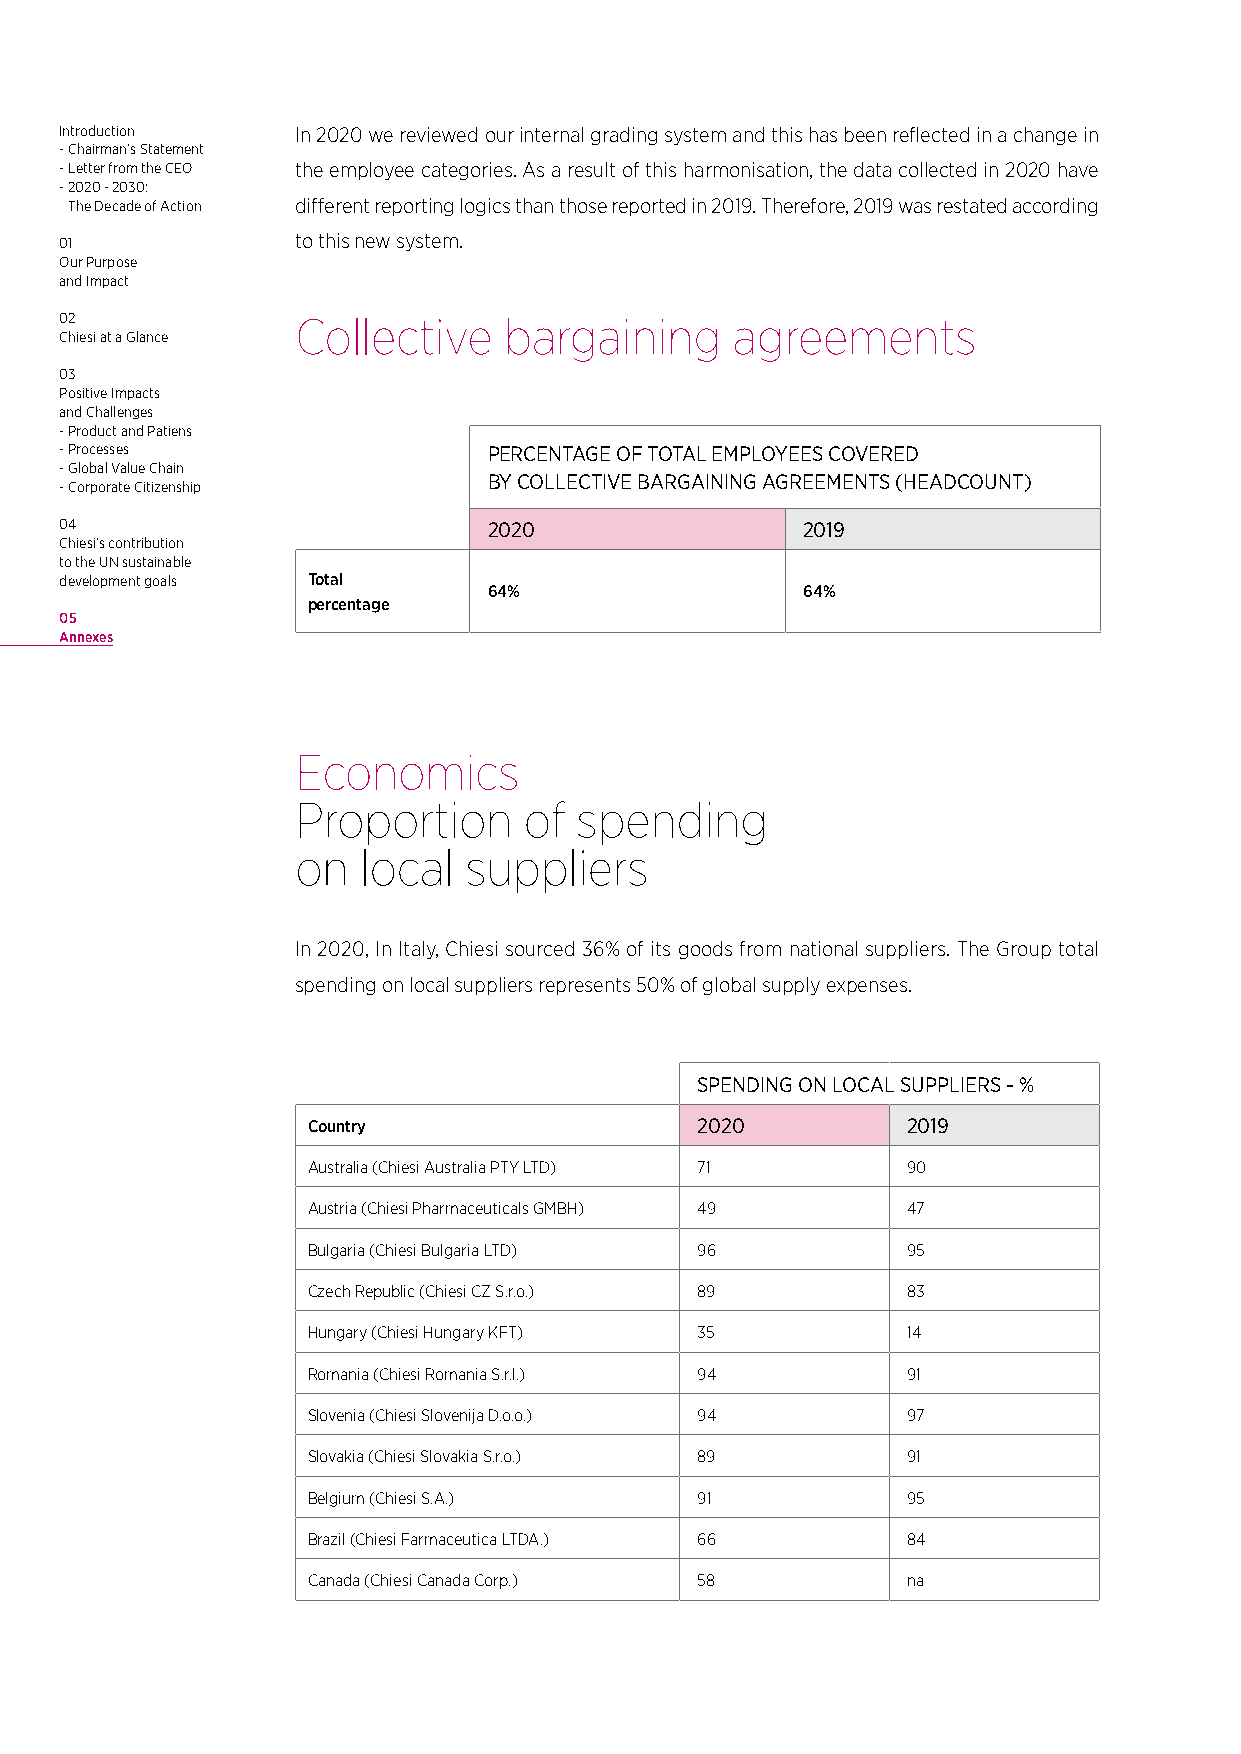
Introduction    In 2020 we reviewed our internal grading system and this has been reflected in a change in
 - Chairman’s Statement
 - Letter from the CEO the employee categories. As a result of this harmonisation, the data collected in 2020 have
 - 2020 - 2030:
 The Decade of Action different reporting logics than those reported in 2019. Therefore, 2019 was restated according
 01              to this new system.
 Our Purpose
 and Impact
 02              Collective   bargaining     agreements
 Chiesi at a Glance
 03
 Positive Impacts
 and Challenges
 - Product and Patiens
 - Processes                 PERCENTAGE OF TOTAL EMPLOYEES COVERED
 - Global Value Chain
 BY COLLECTIVE BARGAINING AGREEMENTS (HEADCOUNT)
 - Corporate Citizenship
 04                          2020                 2019
 Chiesi’s contribution
 to the UN sustainable
 development goals Total
 64%                  64%
 percentage
 05
 Annexes
 Economics
 Proportion     of spending
 on  local  suppliers
 In 2020, In Italy, Chiesi sourced 36% of its goods from national suppliers. The Group total
 spending on local suppliers represents 50% of global supply expenses.
 SPENDING ON LOCAL SUPPLIERS - %
 Country                   2020          2019
 Australia (Chiesi Australia PTY LTD) 71 90
 Austria (Chiesi Pharmaceuticals GMBH) 49 47
 Bulgaria (Chiesi Bulgaria LTD) 96       95
 Czech Republic (Chiesi CZ S.r.o.) 89    83
 Hungary (Chiesi Hungary KFT) 35         14
 Romania (Chiesi Romania S.r.l.) 94      91
 Slovenia (Chiesi Slovenija D.o.o.) 94   97
 Slovakia (Chiesi Slovakia S.r.o.) 89    91
 Belgium (Chiesi S.A.)     91            95
 Brazil (Chiesi Farmaceutica LTDA.) 66   84
 Canada (Chiesi Canada Corp.) 58         na